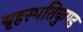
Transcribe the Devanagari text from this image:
बृहस्पतिकुण्ड